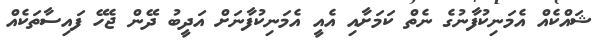
ޝައްކެއް އެމަނިކުފާނުގެ ނެތް ކަމަށާއި އެއީ އެމަނިކުފާނަށް އަދީބު ދޭން ޖެހޭ ފައިސާތަކެއް